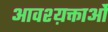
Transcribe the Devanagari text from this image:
आवश्य़क्ताओं